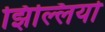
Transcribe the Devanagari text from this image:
झिल्लियो